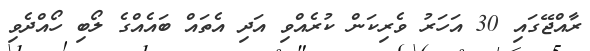
ރާއްޖޭގައި 30 އަހަރު ވެރިކަން ކުރެއްވި އަދި އެތައް ބައެއްގެ ލޯބި ހޯއްދެވި